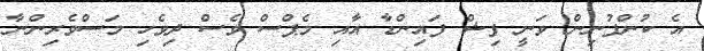
އެ ކުންފުނިން ވަނީ ފިޝް ފައިންޑާ އާއި މެޕްސް ވެސް ދިވެހި މަސްވެރިންނާ